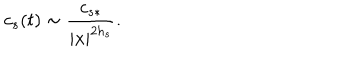
c _ { s } ( t ) \sim \frac { c _ { s * } } { | x | ^ { 2 h _ { s } } } .